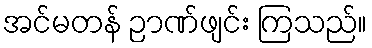
အင်မတန် ဉာဏ်ဖျင်း ကြသည်။